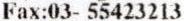
FAX:03- 55423213